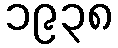
၁၉၃၈